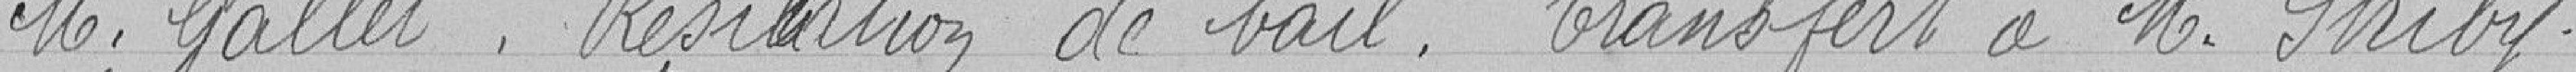
Monsieur GALLET. Résiliation de bail. Transfert à Monsieur STRIBY